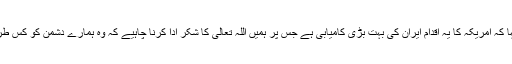
جنرل سلامی نے کہا کہ امریکہ کا یہ اقدام ایران کی بہت بڑی کامیابی ہے جس پر ہمیں اللہ تعالی کا شکر ادا کرنا چاہیے کہ وہ ہمارے دشمن کو کس طرح ناکام بنا رہا ہے۔